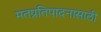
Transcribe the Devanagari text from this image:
मतप्रतिपादनासाठी